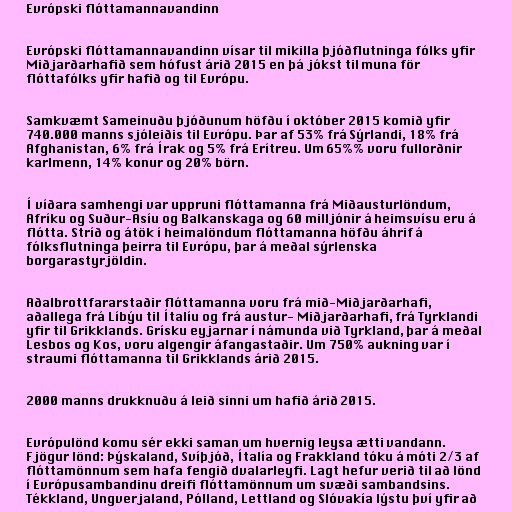
Evrópski flóttamannavandinn

Evrópski flóttamannavandinn vísar til mikilla þjóðflutninga fólks yfir
Miðjarðarhafið sem hófust árið 2015 en þá jókst til muna för
flóttafólks yfir hafið og til Evrópu.

Samkvæmt Sameinuðu þjóðunum höfðu í október 2015 komið yfir
740.000 manns sjóleiðis til Evrópu. Þar af 53% frá Sýrlandi, 18% frá
Afghanistan, 6% frá Írak og 5% frá Erítreu. Um 65%% voru fullorðnir
karlmenn, 14% konur og 20% börn.

Í víðara samhengi var uppruni flóttamanna frá Miðausturlöndum,
Afríku og Suður-Asíu og Balkanskaga og 60 milljónir á heimsvísu eru á
flótta. Stríð og átök í heimalöndum flóttamanna höfðu áhrif á
fólksflutninga þeirra til Evrópu, þar á meðal sýrlenska
borgarastyrjöldin.

Aðalbrottfararstaðir flóttamanna voru frá mið-Miðjarðarhafi,
aðallega frá Líbýu til Ítalíu og frá austur- Miðjarðarhafi, frá Tyrklandi
yfir til Grikklands. Grísku eyjarnar í námunda við Tyrkland, þar á meðal
Lesbos og Kos, voru algengir áfangastaðir. Um 750% aukning var í
straumi flóttamanna til Grikklands árið 2015.

2000 manns drukknuðu á leið sinni um hafið árið 2015.

Evrópulönd komu sér ekki saman um hvernig leysa ætti vandann.
Fjögur lönd: Þýskaland, Svíþjóð, Ítalía og Frakkland tóku á móti 2/3 af
flóttamönnum sem hafa fengið dvalarleyfi. Lagt hefur verið til að lönd
í Evrópusambandinu dreifi flóttamönnum um svæði sambandsins.
Tékkland, Ungverjaland, Pólland, Lettland og Slóvakía lýstu því yfir að